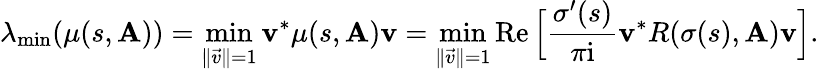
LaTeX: \lambda_{\textup{min}}(\mu(s,\mathbf{A}))=\operatorname*{min}_{\| \vec{v}\| =1}\mathbf{v}^{*}\mu(s,\mathbf{A})\mathbf{v}=\operatorname*{min}_{\| \vec{v}\| =1}\operatorname{Re}\Big[\frac{\sigma^{\prime}(s)}{\pi\mathrm{i}}\mathbf{v}^{*}R(\sigma(s),\mathbf{A})\mathbf{v}\Big].